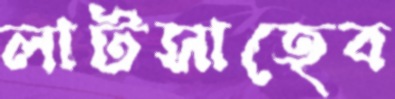
লাটসাহেব